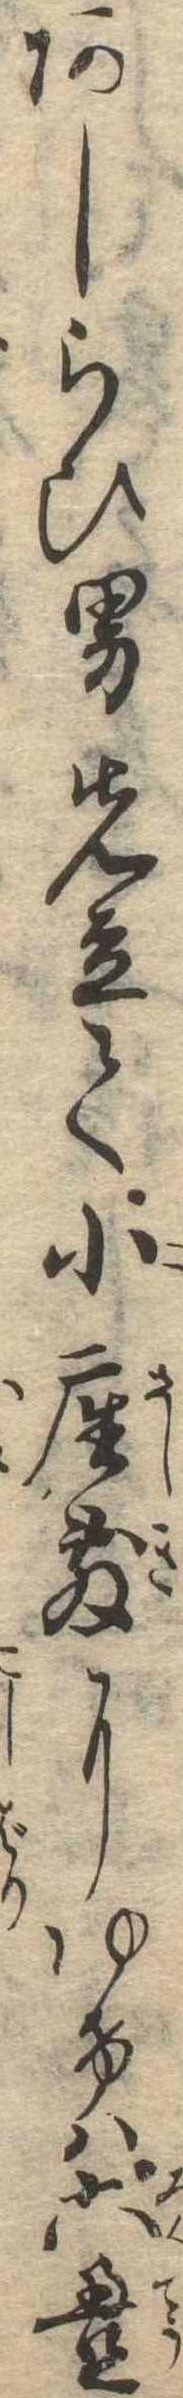
あしらひ男先立て小座敷にゆけば六畳